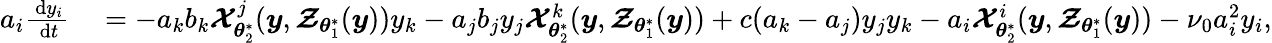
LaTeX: \begin{array}{rl}{a_{i}\frac{\, \mathrm{d}y_{i}}{\, \mathrm{d}t}}&{{}=-a_{k}b_{k}\boldsymbol{\mathcal{X}}_{\boldsymbol{\theta}_{2}^{\ast}}^{j}(\boldsymbol{y},\boldsymbol{\mathcal{Z}}_{\boldsymbol{\theta}_{1}^{\ast}}(\boldsymbol{y}))y_{k}-a_{j}b_{j}y_{j}\boldsymbol{\mathcal{X}}_{\boldsymbol{\theta}_{2}^{\ast}}^{k}(\boldsymbol{y},\boldsymbol{\mathcal{Z}}_{\boldsymbol{\theta}_{1}^{\ast}}(\boldsymbol{y}))+c(a_{k}-a_{j})y_{j}y_{k}-a_{i}\boldsymbol{\mathcal{X}}_{\boldsymbol{\theta}_{2}^{\ast}}^{i}(\boldsymbol{y},\boldsymbol{\mathcal{Z}}_{\boldsymbol{\theta}_{1}^{\ast}}(\boldsymbol{y}))-\nu_{0}a_{i}^{2}y_{i},}\end{array}